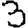
Digit: 3